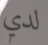
لدي